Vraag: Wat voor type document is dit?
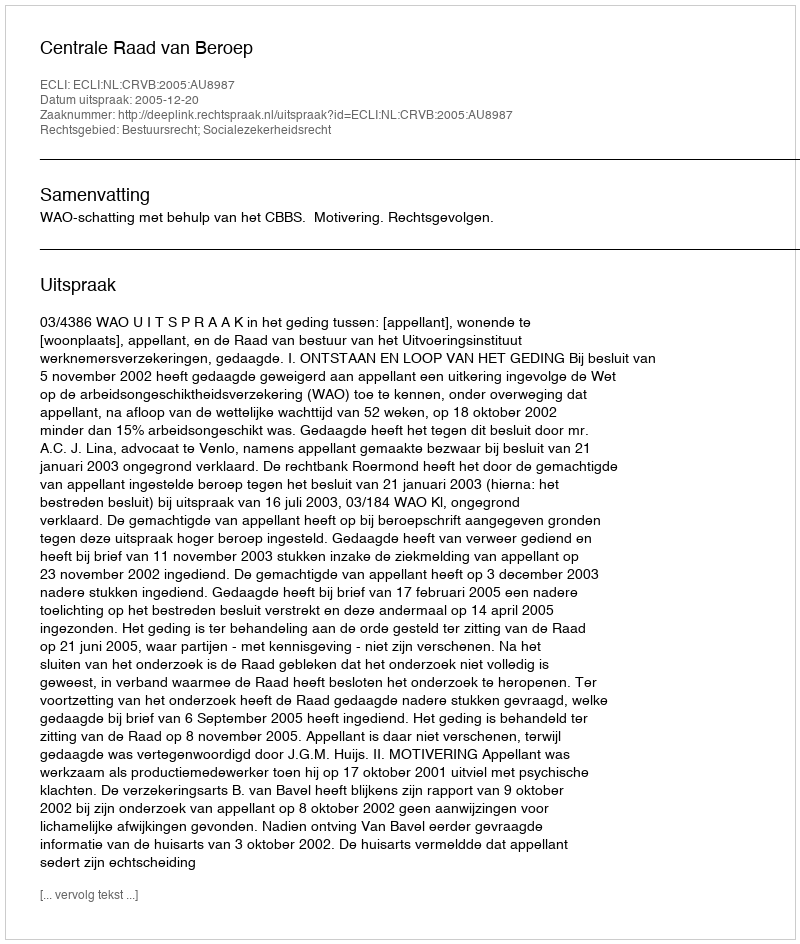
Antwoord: Uitspraak